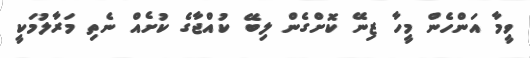
ވީމާ އަންހެން މީހާ ޒިނޭ ކޮށްގެން ލިބޭ ކުއްޖާގެ ކުށެއް ނެތި މަރާލުމަކީ